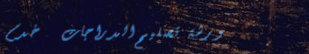
ورشة تصليح الدراجات   خدم